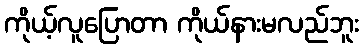
ကိုယ့်လူပြောတာ ကိုယ်နားမလည်ဘူး